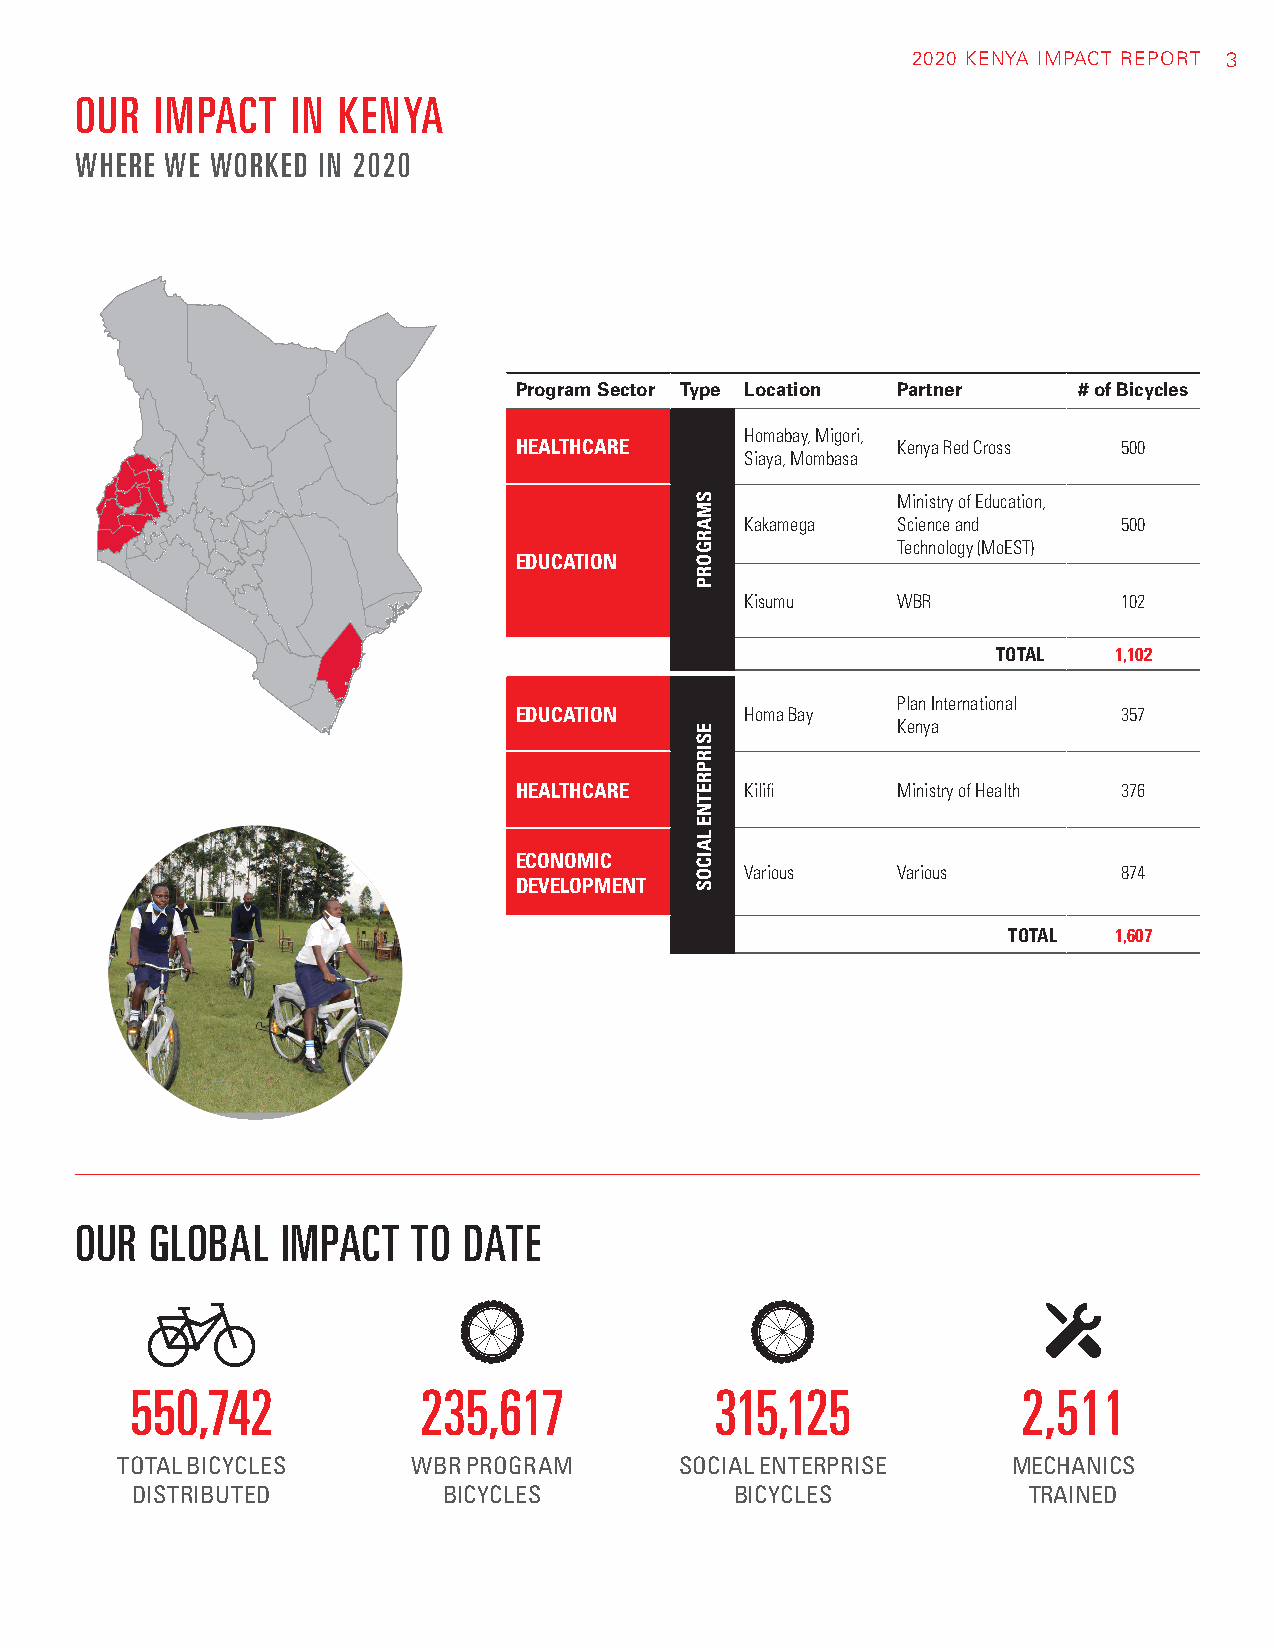
2020 KENYA IMPACT REPORT 3
 OUR  IMPACT   IN KENYA
 WHERE WE WORKED IN 2020
 Program Sector Type Location Partner # of Bicycles
 Homabay, Migori,
 HEALTHCARE               Kenya Red Cross 500
 Siaya, Mombasa
 Ministry of Education,
 Kakamega  Science and    500
 Technology (MoEST)
 EDUCATION
 Kisumu    WBR            102
 TOTAL L 1,102
 Plan International
 EDUCATION      Homa Bay                 357
 Kenya
 HEALTHCARE     Kilifi    Ministry of Health 376
 ECONOMIC
 Various   Various        874
 DEVELOPMENT
 TOTAL  1,607
 OUR  GLOBAL   IMPACT  TO  DATE
 550,742            235,617            315,125              2,511
 TOTAL BICYCLES     WBR PROGRAM       SOCIAL ENTERPRISE     MECHANICS
 DISTRIBUTED         BICYCLES            BICYCLES           TRAINED
 SMARGORP
 ESIRPRETNE
 LAICOS